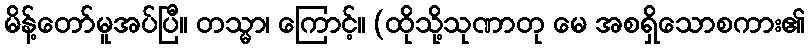
မိန့်တော်မူအပ်ပြီ။ တသ္မာ၊ ကြောင့်။ (ထိုသို့သုဏာတု မေ အစရှိသောစကား၏